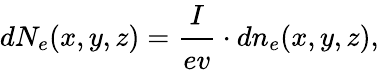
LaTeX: dN_{e}(x,y,z)=\cfrac{I}{ev}\cdot dn_{e}(x,y,z),